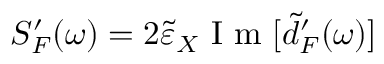
S _ { F } ^ { \prime } ( \omega ) = 2 \tilde { \varepsilon } _ { X } \mathrm { ~ I ~ m ~ } [ \tilde { d } _ { F } ^ { \prime } ( \omega ) ]